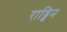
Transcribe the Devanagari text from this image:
राड्विन